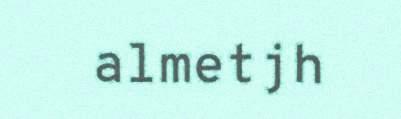
almetjh